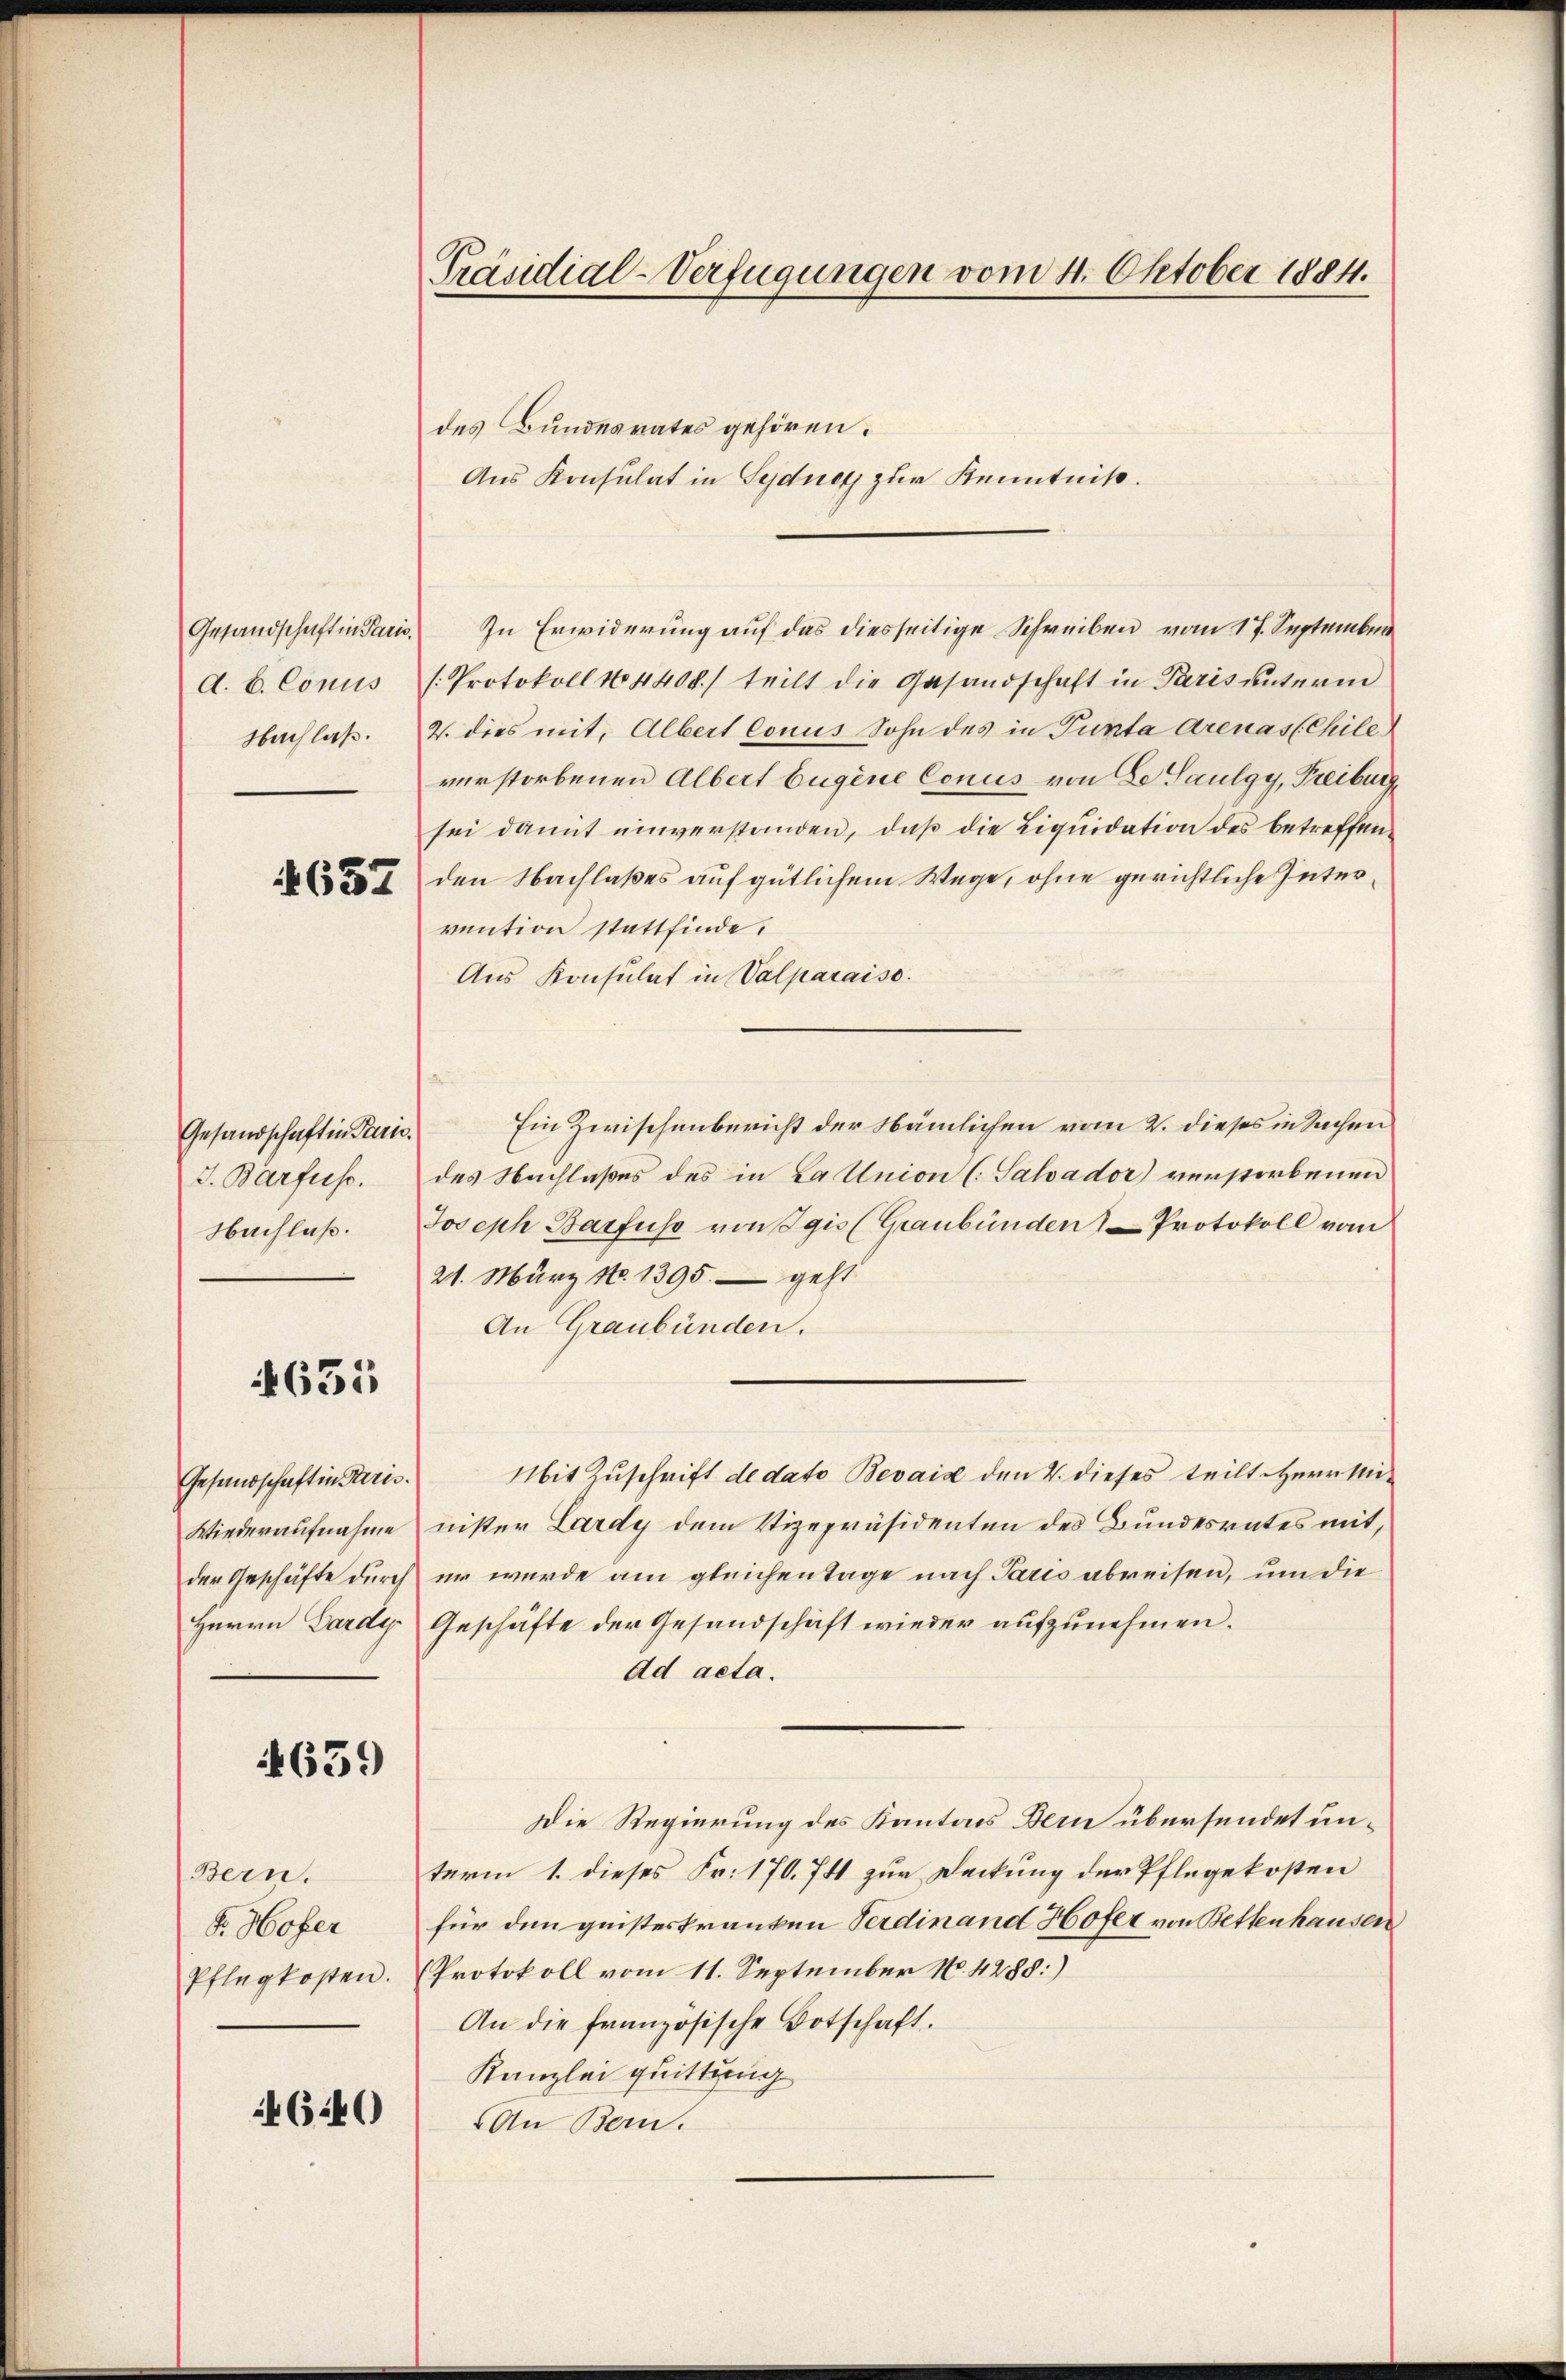
Gesandschaft in Paris.
d. b. Conus
Nachlaß.

1637

Gesandschaft in Paris.
J. Barfuss.
Nachlaß.

635

Gesandschaft in Paris.
Wiederaufnahme
der Geschäfte durch
Herrn Lardy

4659

Bern.
Fr. Hofer
Pflegkosten.

4640

Präsidial-Verfügungen vom 4. Oktober 1884.

des Bundesrates gehören.
Aus Konsulat in Sydney zur Kenntniß.
/Protokoll No 4400.) teilt die Gesandschaft in Paris unterm
2. dies mit, Albert Conus Sohn des in Tunta Arenas (Chile
verstorbenen Albert Eugene Conus von Se Paulgy, Freiburg
sei damit einverstanden, daß die Liquidation des betreffenden Nachlaßes auf gütlichem Wege, ohne gerichtliche Intervention stattfinde.
Aus Konsulat in Valparaiso
Ein Zwischenbericht der Nämlichen vom 2. dieses in Sachen
des Nachlaßes des in La Union (Salvador verstorbenen
Joseph Barfuss von Egis (Graubünden Protokoll vom
21. März No. 1395. – geht
An Graubünden.
Mit Zuschrift de dato Bevais den 4. dieses teilt Herr Minister Lardy dem Vizepräsidenten des Bundesrates mit,
er wurde am gleichentage nach Paris abreisen, um die
Geschäfte der Gesandschaft wieder aufzunehmen.
Ad acta.
Die Regierung des Kantons Dem übersendet unterm 1. dieses Fr. 170. 741 zur Deckung der Pflegekosten
für den geisteskranken Verdinand Hofer von Bettenhausen
Protokoll vom 11. September No. 4288:)
An die französische Botschaft.
Kanzlei quittung
An Bern.

In Erwiderung auf das diesseitige Schreiben vom 17. September